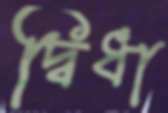
দ্বিধা